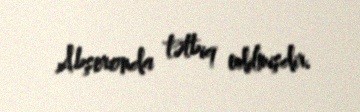
Abşeronda tətbiq edilmişdir.